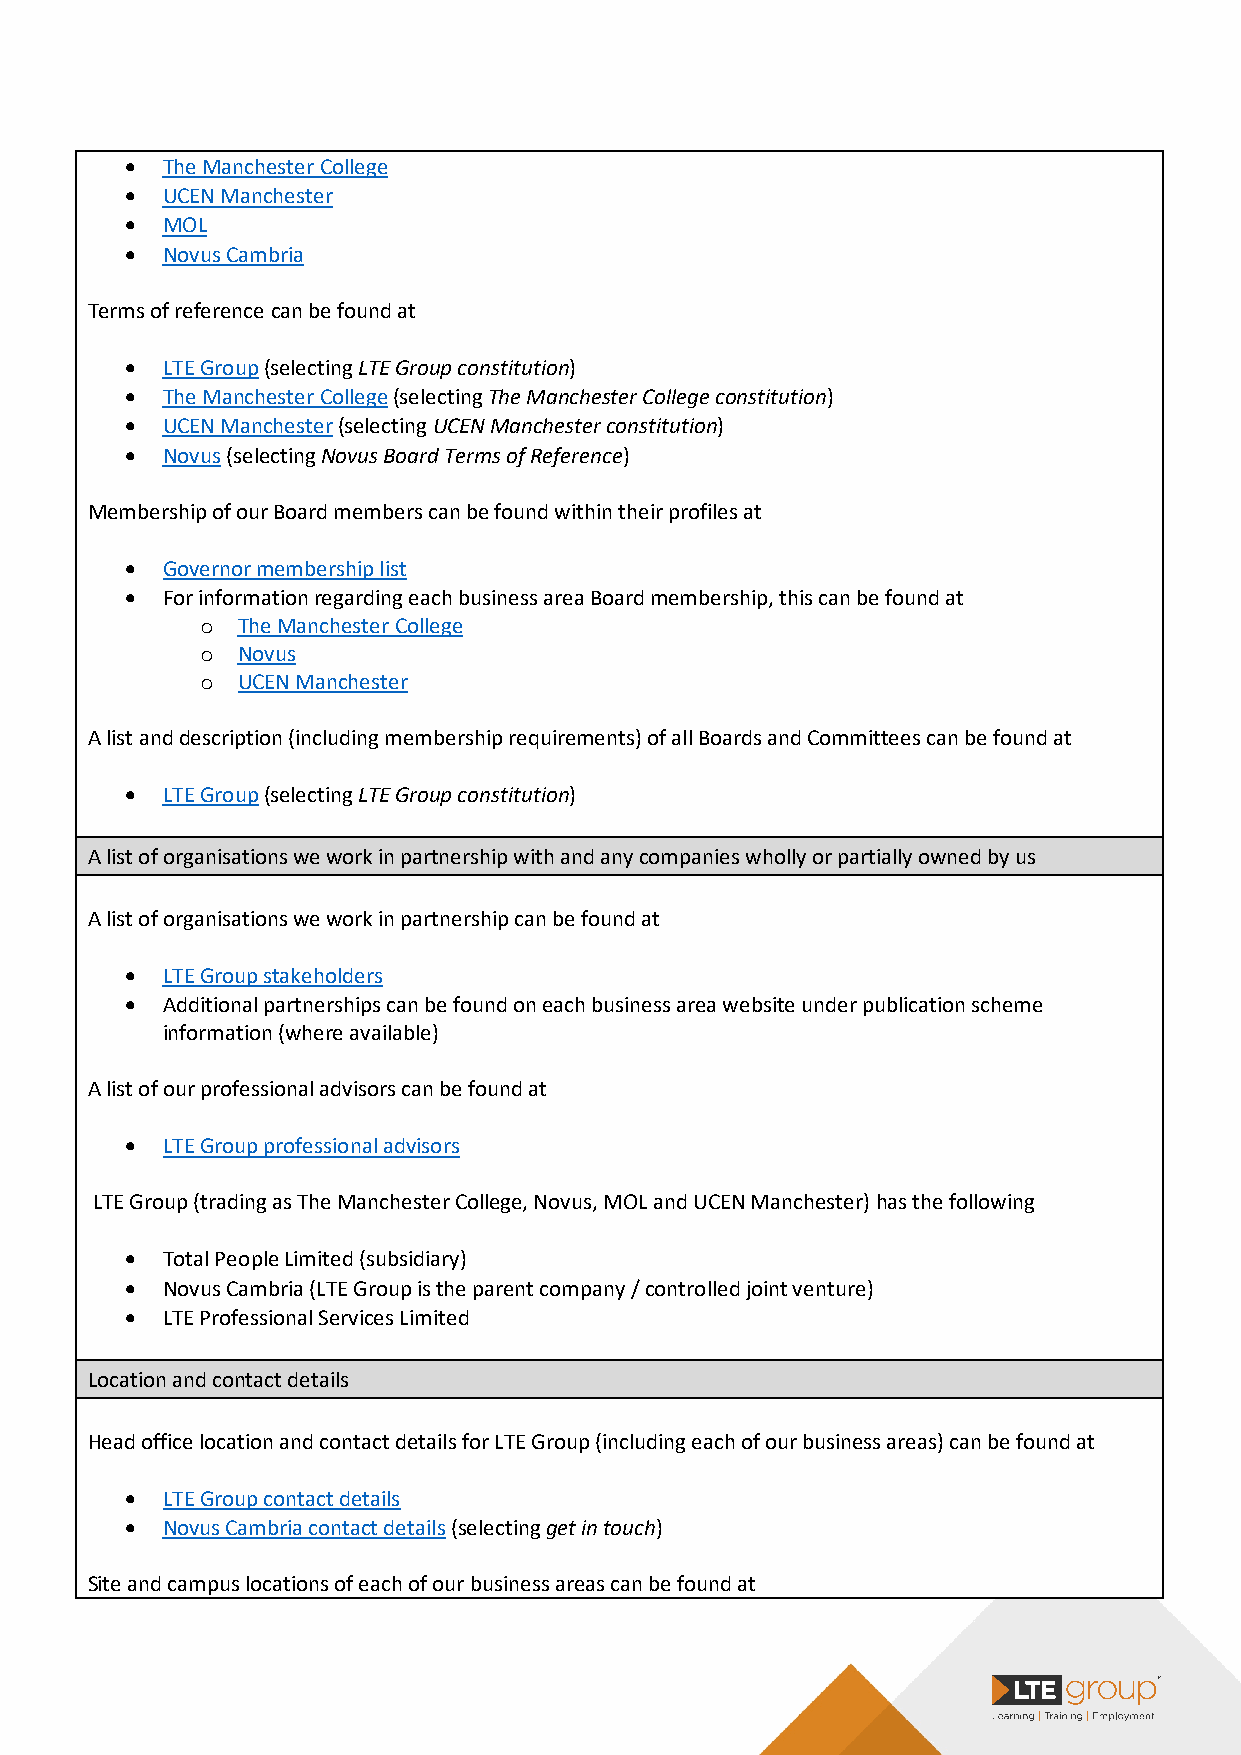
•  The Manchester College
 •  UCEN Manchester
 •  MOL
 •  Novus Cambria
 Terms of reference can be found at
 •  LTE Group (selecting LTE Group constitution)
 •  The Manchester College (selecting The Manchester College constitution)
 •  UCEN Manchester (selecting UCEN Manchester constitution)
 •  Novus (selecting Novus Board Terms of Reference)
 Membership of our Board members can be found within their profiles at
 •  Governor membership list
 •  For information regarding each business area Board membership, this can be found at
 The Manchester College
 o
 Novus
 o
 UCEN Manchester
 o
 A list and description (including membership requirements) of all Boards and Committees can be found at
 •  LTE Group (selecting LTE Group constitution)
 A list of organisations we work in partnership with and any companies wholly or partially owned by us
 A list of organisations we work in partnership can be found at
 •  LTE Group stakeholders
 •  Additional partnerships can be found on each business area website under publication scheme
 information (where available)
 A list of our professional advisors can be found at
 •  LTE Group professional advisors
 LTE Group (trading as The Manchester College, Novus, MOL and UCEN Manchester) has the following
 •  Total People Limited (subsidiary)
 •  Novus Cambria (LTE Group is the parent company / controlled joint venture)
 •  LTE Professional Services Limited
 Location and contact details
 Head office location and contact details for LTE Group (including each of our business areas) can be found at
 •  LTE Group contact details
 •  Novus Cambria contact details (selecting get in touch)
 Site and campus locations of each of our business areas can be found at